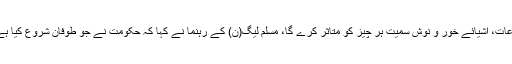
اپنی بات جاری رکھتے ہوئے انہوں نے کہا کہ یہ سلسلہ صرف یہی نہیں رکے گا بلکہ زرعی مصنوعات، اشیائے خور و نوش سمیت ہر چیز کو متاثر کرے گا، مسلم لیگ(ن) کے رہنما نے کہا کہ حکومت نے جو طوفان شروع کیا ہے یہ تھمے گا نہیں، اس وقت صورتحال یہ ہے کہ پاکستان اور عمران خان ایک ساتھ نہیں چل سکتے۔